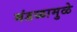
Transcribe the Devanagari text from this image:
मंडळामुळे